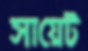
সায়েট